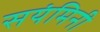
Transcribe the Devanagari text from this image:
सयंमिनी